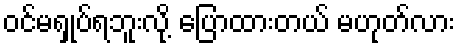
ဝင်မရှုပ်ရဘူးလို့ ပြောထားတယ် မဟုတ်လား